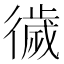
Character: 𢕺